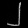
Digit: ၂